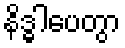
နိဒ္ဓါပေတွာ